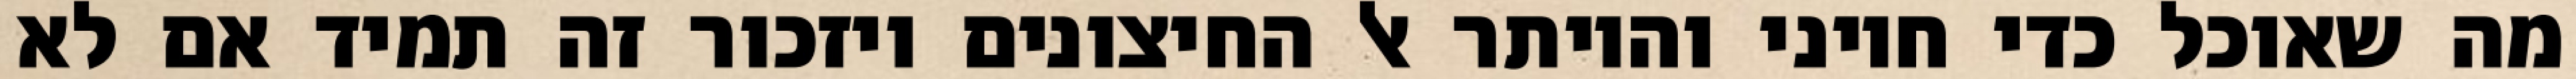
מה שאוכל כדי חיוני והיותר אל החיצונים ויזכור זה תמיד אם לא